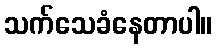
သက်သေခံနေတာပါ။